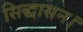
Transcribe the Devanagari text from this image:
सिद्धासन।